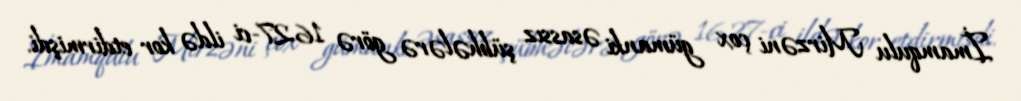
İmamqulu Mirzəni çox gümanki əsassız şübhələrə görə 1627-ci ildə kor etdirmişdi.